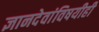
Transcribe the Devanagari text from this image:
ज्ञानदेवांविषयीही